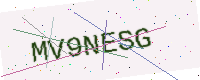
Text: MV9NESG